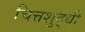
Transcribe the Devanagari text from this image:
चित्तशुद्धी